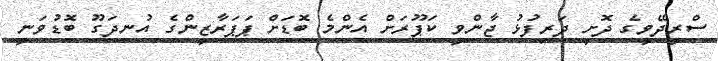
ސްރީދޭވީގެ ދޮށީ ދަރިފުޅު ޖާންވީ ކަޕޫރަށް އެންމެ ބޮޑަށް ޕަޕަރާޒީންގެ އުނދަގޫ ބޮޑުވަނީ